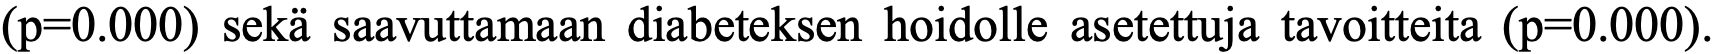
(p=0.000) sekä saavuttamaan diabeteksen hoidolle asetettuja tavoitteita (p=0.000).